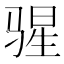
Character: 𬴄